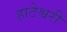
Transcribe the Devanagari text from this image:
हाटेश्वरी